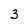
Character: 3